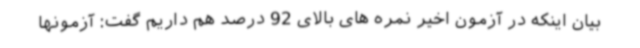
بیان اینکه در آزمون اخیر نمره های بالای 92 درصد هم داریم گفت: آزمونها